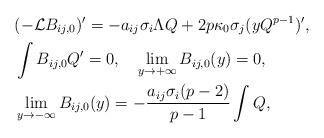
LaTeX: \begin{align*}&(-\mathcal{L}B_{ij,0})'=-a_{ij}\sigma_i\Lambda Q+2p\kappa_0\sigma_j(yQ^{p-1})',\\&\int B_{ij,0}Q'=0,\quad\lim_{y\rightarrow+\infty}B_{ij,0}(y)=0,\\&\lim_{y\rightarrow-\infty}B_{ij,0}(y)=-\frac{a_{ij}\sigma_i(p-2)}{p-1}\int Q,\end{align*}